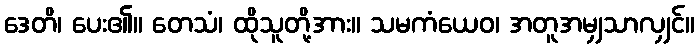
ဒေတိ၊ ပေး၏။ တေသံ၊ ထိုသူတို့အား။ သမကံယေဝ၊ အတူအမျှသာလျှင်။